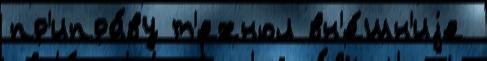
пр'ипра́ву т'ехнол вн'е́шн'иjе